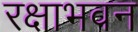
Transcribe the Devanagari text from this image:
रक्षाभवन